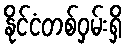
နိုင်ငံတစ်ဝှမ်းရှိ